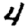
Digit: 4